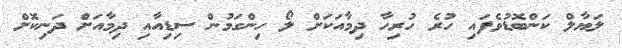
ލަޔާލް ކަންބޮޑުވެފައި ހުރެ ހުރިހާ ދިމާއަކަށް ލޯ ހިންގަމުން ސިޑިއާއި ދިމާއަށް ދަނިކޮށް